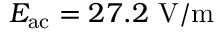
E _ { \mathrm { a c } } = 2 7 . 2 ~ \mathrm { V / m }